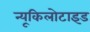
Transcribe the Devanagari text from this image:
न्यूकिलोटाइड